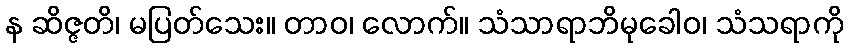
န ဆိဇ္ဇတိ၊ မပြတ်သေး။ တာဝ၊ လောက်။ သံသာရာဘိမုခေါဝ၊ သံသရာကို